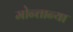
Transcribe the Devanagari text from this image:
मोन्तान्या